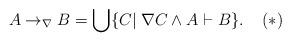
LaTeX: \begin{align*}A \to_{\nabla} B= \bigcup \{C | \; \nabla C \wedge A \vdash B\}. \;\;\;\; (*)\end{align*}